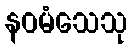
နဝမံသေသု